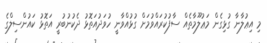
މި އިޢުލާނާ ގުޅިގެން މަޢުލޫމާތެއް ސާފުކުރައްވުމަށް ގުޅުއްވާނީ ހުވަދުއަތޮޅު ދެކުނުބުރީ އަތޮޅު ކައުންސިލްގެ